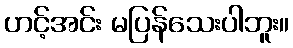
ဟင့်အင်း မပြန်သေးပါဘူး။